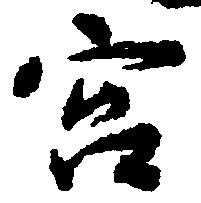
宮